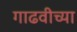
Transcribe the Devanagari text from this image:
गाढवीच्या